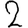
Digit: 2